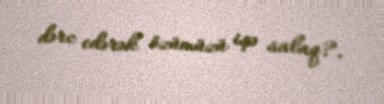
dərc edərək özümüzü işə salaq?.